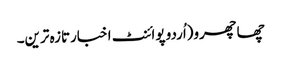
چھاچھرو(اُردو پوائنٹ اخبارتازہ ترین۔